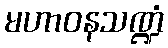
မဟာဝနသဏ္ဍံ